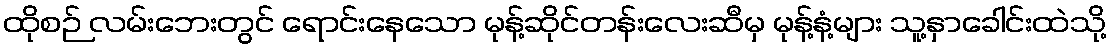
ထိုစဉ် လမ်းဘေးတွင် ရောင်းနေသော မုန့်ဆိုင်တန်းလေးဆီမှ မုန့်နံ့များ သူ့နှာခေါင်းထဲသို့